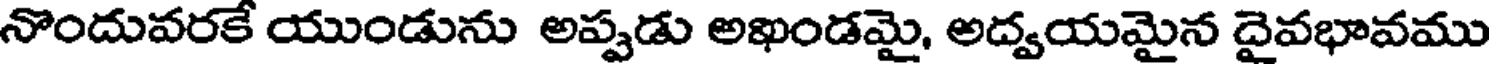
నొందువరకే యుండును అప్పడు అఖండమై, అద్వయమైన దైవభావము